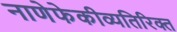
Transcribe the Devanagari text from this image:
नाणेफेकीव्यतिरिक्त